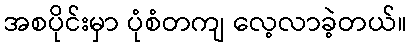
အစပိုင်းမှာ ပုံစံတကျ လေ့လာခဲ့တယ်။